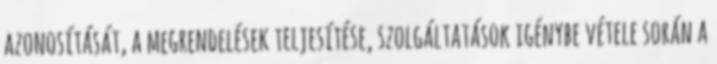
azonosítását, a megrendelések teljesítése, szolgáltatások igénybe vétele során a